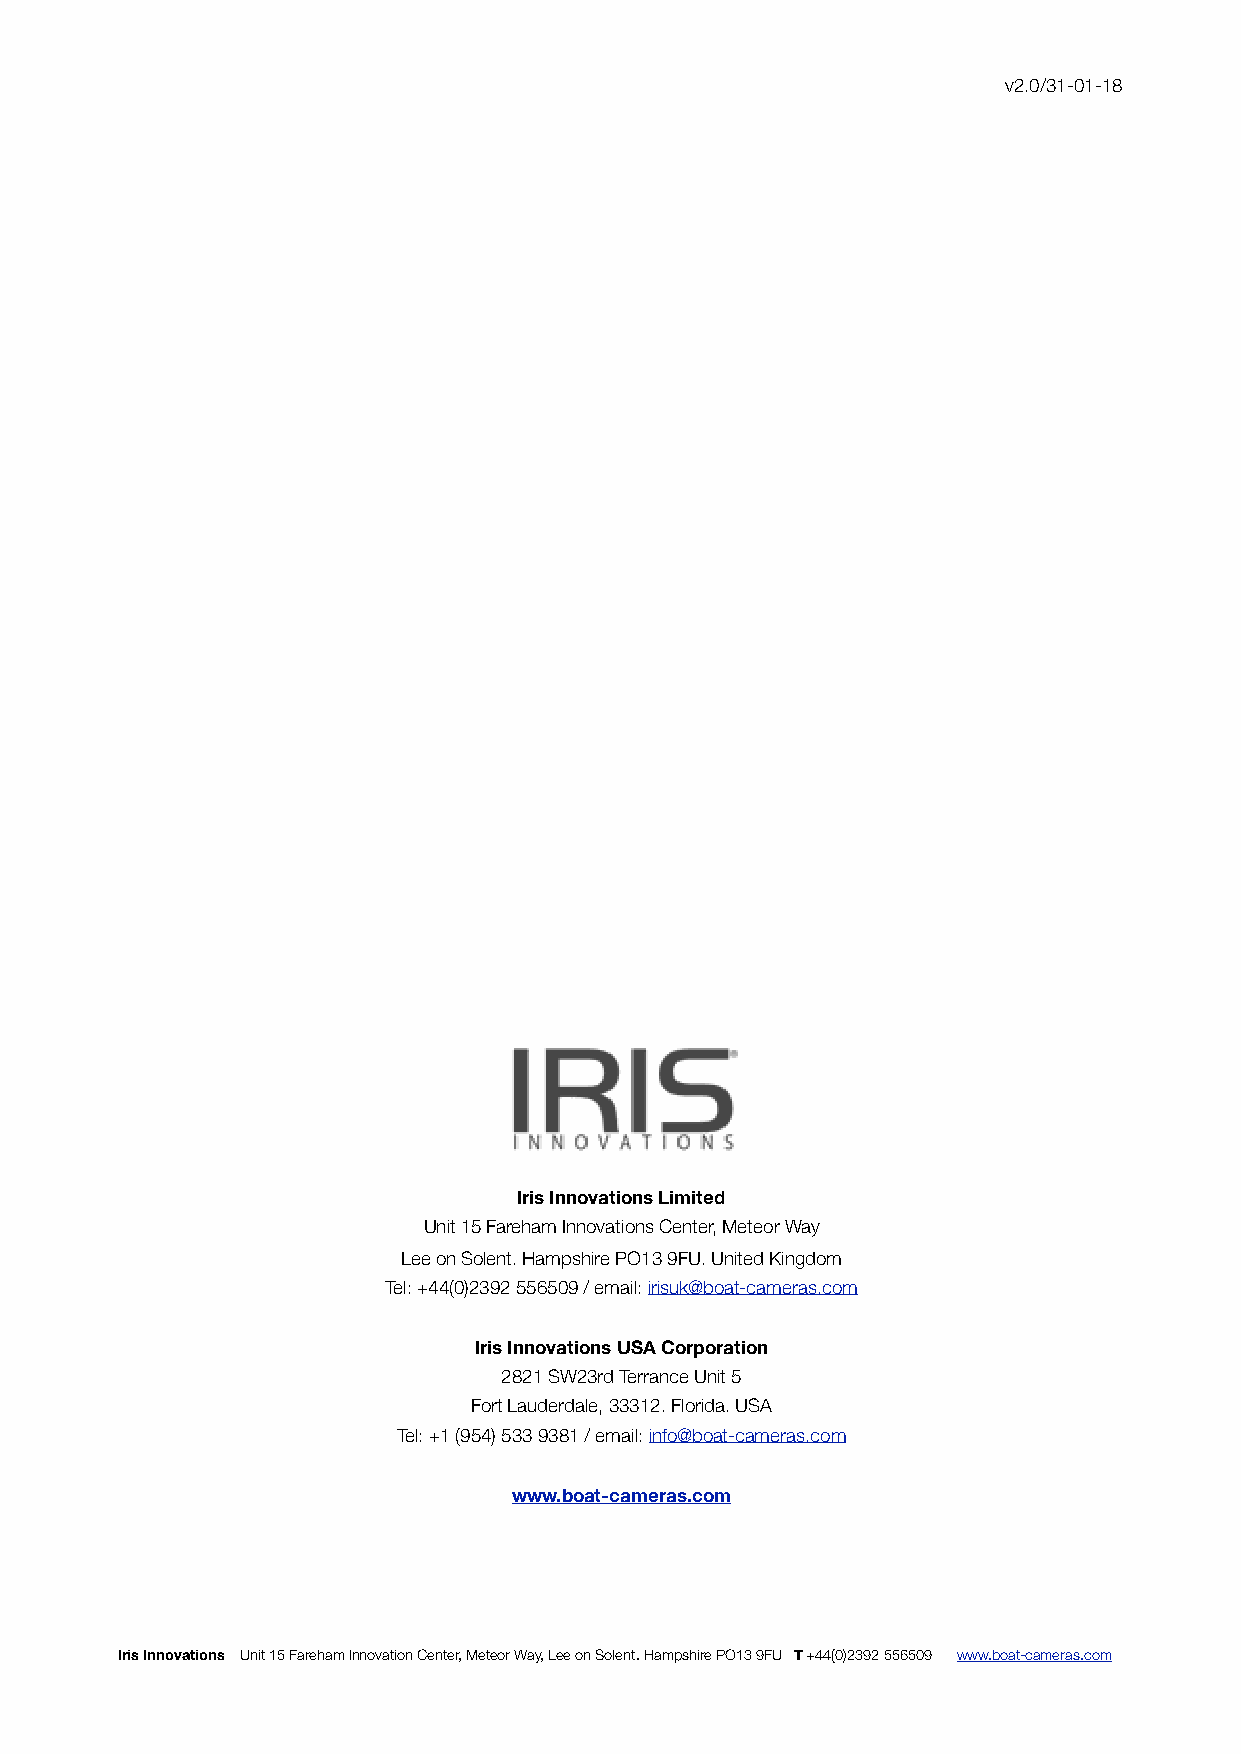
v2.0/31-01-18
 Iris Innovations Limited
 Unit 15 Fareham Innovations Center, Meteor Way
 Lee on Solent. Hampshire PO13 9FU. United Kingdom
 Tel: +44(0)2392 556509 / email: irisuk@boat-cameras.com
 Iris Innovations USA Corporation
 2821 SW23rd Terrance Unit 5
 Fort Lauderdale, 33312. Florida. USA
 Tel: +1 (954) 533 9381 / email: info@boat-cameras.com
 www.boat-cameras.com
 Iris Innovations Unit 15 Fareham Innovation Center, Meteor Way, Lee on Solent. Hampshire PO13 9FU T +44(0)2392 556509 www.boat-cameras.com